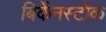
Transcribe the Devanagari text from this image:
बिर्केनस्टॉक